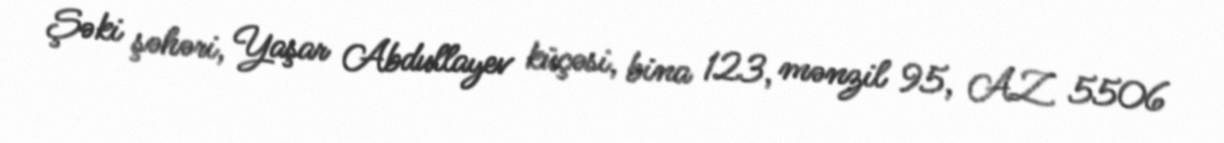
Şəki şəhəri, Yaşar Abdullayev küçəsi, bina 123, mənzil 95, AZ 5506